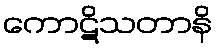
ကောဋိသတာနိ